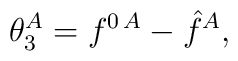
\theta^A_3 =f^{0\, A}- \hat{f}^A,